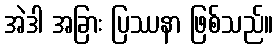
အဲဒါ အခြား ပြဿနာ ဖြစ်သည်။